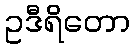
ဥဒီရိတော